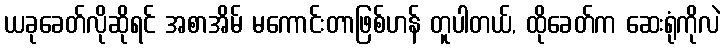
ယခုခေတ်လိုဆိုရင် အစာအိမ် မကောင်းတာဖြစ်ဟန် တူပါတယ်, ထိုခေတ်က ဆေးရုံကိုလဲ